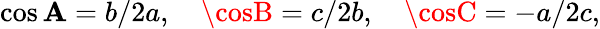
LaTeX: \cos\mathbf{A}=b/2a,\quad\cosB=c/2b,\quad\cosC=-a/2c,